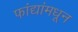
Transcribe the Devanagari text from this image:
फांद्यांमधून